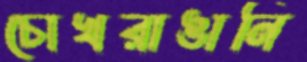
চোখরাঙানি